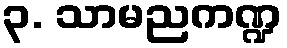
၃. သာမညကဏ္ဍ